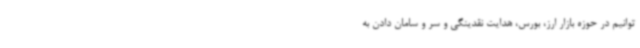
توانیم در حوزه بازار ارز، بورس، هدایت نقدینگی و سر و سامان دادن به